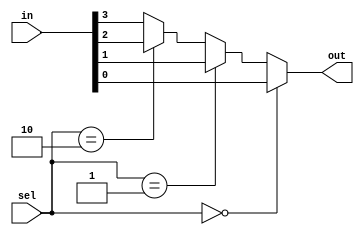
module mux4to1(input[3:0] in, input[1:0] sel, output out);
    assign out = (sel == 0) ? in[0] : (sel == 1) ? in[1] : (sel == 2) ? in[2] : in[3];
endmodule

module prime_detector(input[3:0] in, output out);
//wire[3:0] w1 ={in[1],in[0],in[1]&in[0],~in[1] & in[0]}; 
wire[3:0] w1 ={~in[1] & in[0],in[1]&in[0], in[0], in[1]}; 
wire[1:0] w2 ={in[3], in[2]}; 
mux4to1 m1(w1, w2, out);
endmodule

module test;
reg  A ;
reg  B;
reg  Bin;
reg C;
wire out;

prime_detector p1({A,B,Bin,C}, out);

initial begin 
   A=1'b0;B=1'b0;Bin=1'b0;C=1'b0;
   #10
   A=1'b0;B=1'b0;Bin=1'b0;C=1'b1;
   #10
   A=1'b0;B=1'b0;Bin=1'b1;C=1'b0;
   #10
   A=1'b0;B=1'b0;Bin=1'b1;C=1'b1;
   #10
   A=1'b0;B=1'b1;Bin=1'b0;C=1'b0;
   #10
   A=1'b0;B=1'b1;Bin=1'b0;C=1'b1;
   #10
   A=1'b0;B=1'b1;Bin=1'b1;C=1'b0;
   #10
   A=1'b0;B=1'b1;Bin=1'b1;C=1'b1;
   #10
   A=1'b1;B=1'b0;Bin=1'b0;C=1'b0;
   #10
   A=1'b1;B=1'b0;Bin=1'b0;C=1'b1;
   #10
   A=1'b1;B=1'b0;Bin=1'b1;C=1'b0;
   #10
   A=1'b1;B=1'b0;Bin=1'b1;C=1'b1;
   #10
   A=1'b1;B=1'b1;Bin=1'b0;C=1'b0;
   #10
   A=1'b1;B=1'b1;Bin=1'b0;C=1'b1;
   #10
   A=1'b1;B=1'b1;Bin=1'b1;C=1'b1;
   #10
   A=1'b1;B=1'b1;Bin=1'b1;C=1'b0;

end 
endmodule